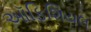
ઑફિશિયલ